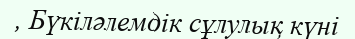
, Бүкіләлемдік сұлулық күні